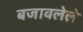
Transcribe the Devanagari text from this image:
बजावलेले